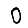
Digit: 0